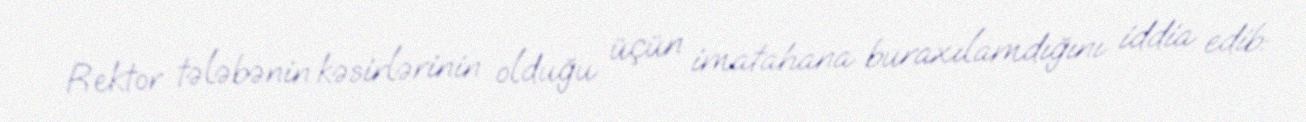
Rektor tələbənin kəsirlərinin olduğu üçün imatahana buraxılamdığını iddia edib: